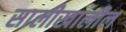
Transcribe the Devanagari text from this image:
सालीखालील